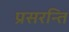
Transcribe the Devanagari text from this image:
प्रसरन्ति